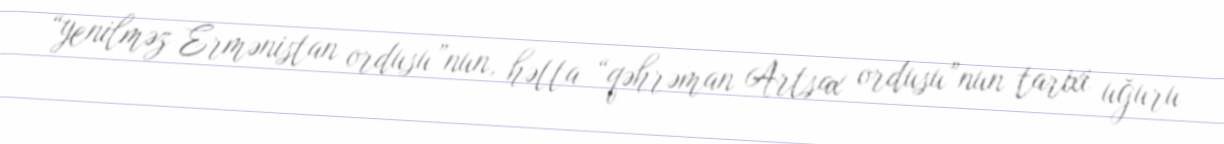
“yenilməz Ermənistan ordusu”nun, hətta “qəhrəman Artsax ordusu”nun tarixi uğuru